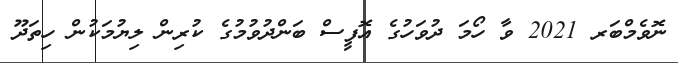
ނޮވެމްބަރ 2021 ވާ ހޯމަ ދުވަހުގެ އޮފީސް ބަންދުވުމުގެ ކުރިން ލިޔުމަކުން ހިތަދޫ